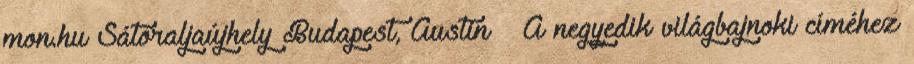
mon.hu Sátoraljaújhely Budapest, Austin – A negyedik világbajnoki címéhez